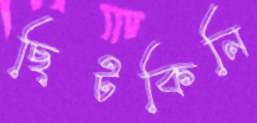
ছিটকিনি